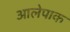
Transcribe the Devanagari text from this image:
आलेपाक